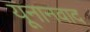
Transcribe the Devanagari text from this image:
यूनानवाद